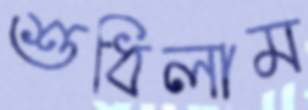
শুধিলাম